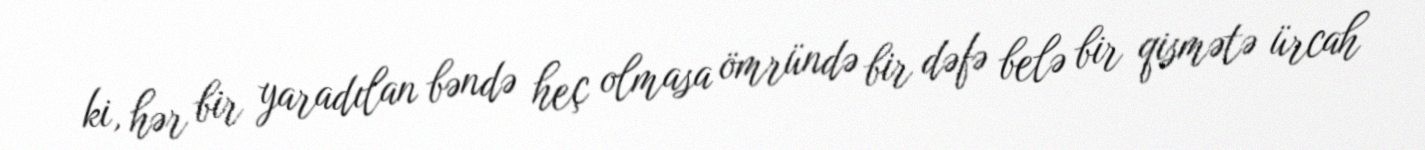
ki, hər bir yaradılan bəndə heç olmasa ömründə bir dəfə belə bir qismətə ürcah